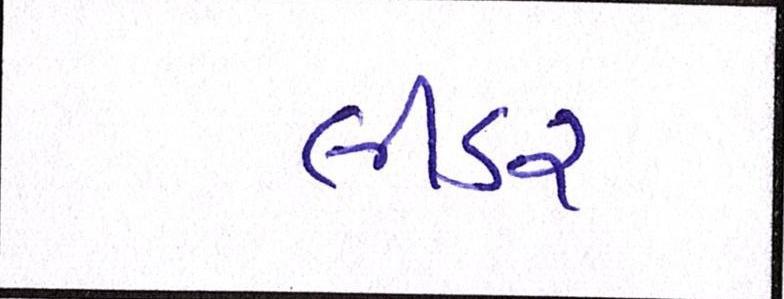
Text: લીડર